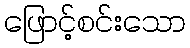
ဖြောင့်စင်းသော